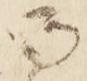
御